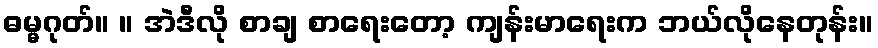
ဓမ္မဂုတ်။ ။ အဲဒီလို စာချ စာရေးတော့ ကျန်းမာရေးက ဘယ်လိုနေတုန်း။